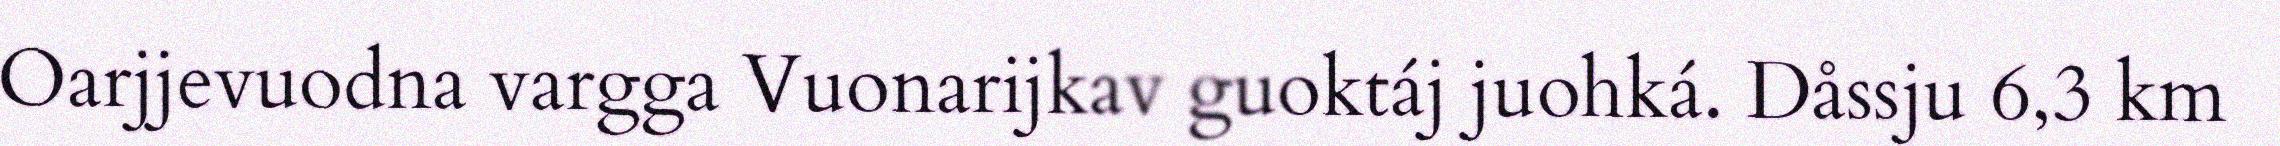
Oarjjevuodna vargga Vuonarijkav guoktáj juohká. Dåssju 6,3 km